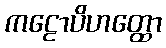
ကဠောပိဟတ္ထော